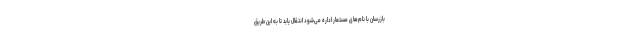
بازرسان با نام‌های مستعار اداره می‌شود انتقال یابد تا به این طریق